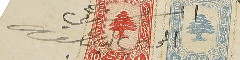
المستدعي المحامى الياس عبد الله